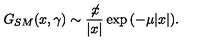
G _ { S M } ( x , \gamma ) \sim \frac { \not \! x } { | x | } \exp { ( - \mu | x | ) } .